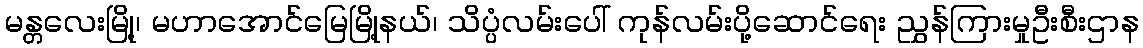
မန္တလေးမြို့၊ မဟာအောင်မြေမြို့နယ်၊ သိပ္ပံလမ်းပေါ် ကုန်လမ်းပို့ဆောင်ရေး ညွှန်ကြားမှုဦးစီးဌာန